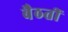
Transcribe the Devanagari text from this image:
बैठतीं